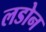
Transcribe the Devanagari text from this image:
लडोन